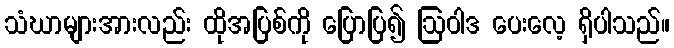
သံဃာများအားလည်း ထိုအပြစ်ကို ပြောပြ၍ ဩဝါဒ ပေးလေ့ ရှိပါသည်။